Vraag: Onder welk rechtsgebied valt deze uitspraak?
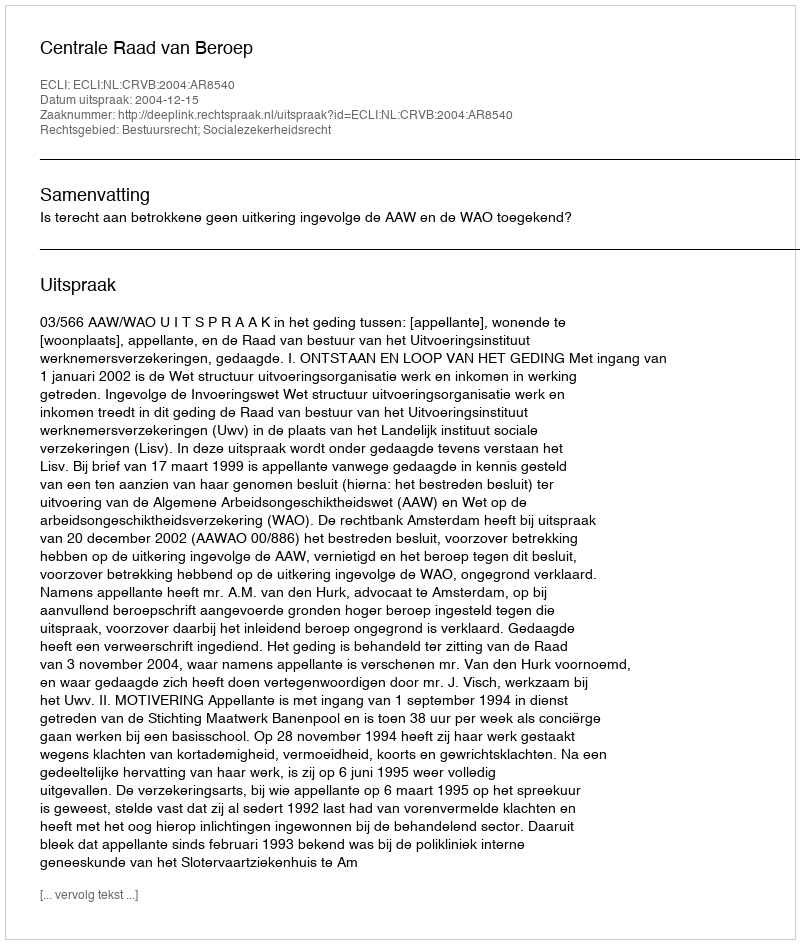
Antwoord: Bestuursrecht; Socialezekerheidsrecht